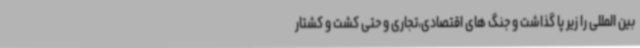
بین المللی را زیر پا گذاشت و جنگ های اقتصادی،تجاری و حتی کشت و کشتار